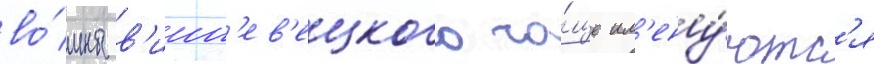
во́ины в'ишн'ев'ецкого ча́ще им'ену́ютс'я